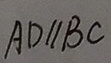
A D / / B C